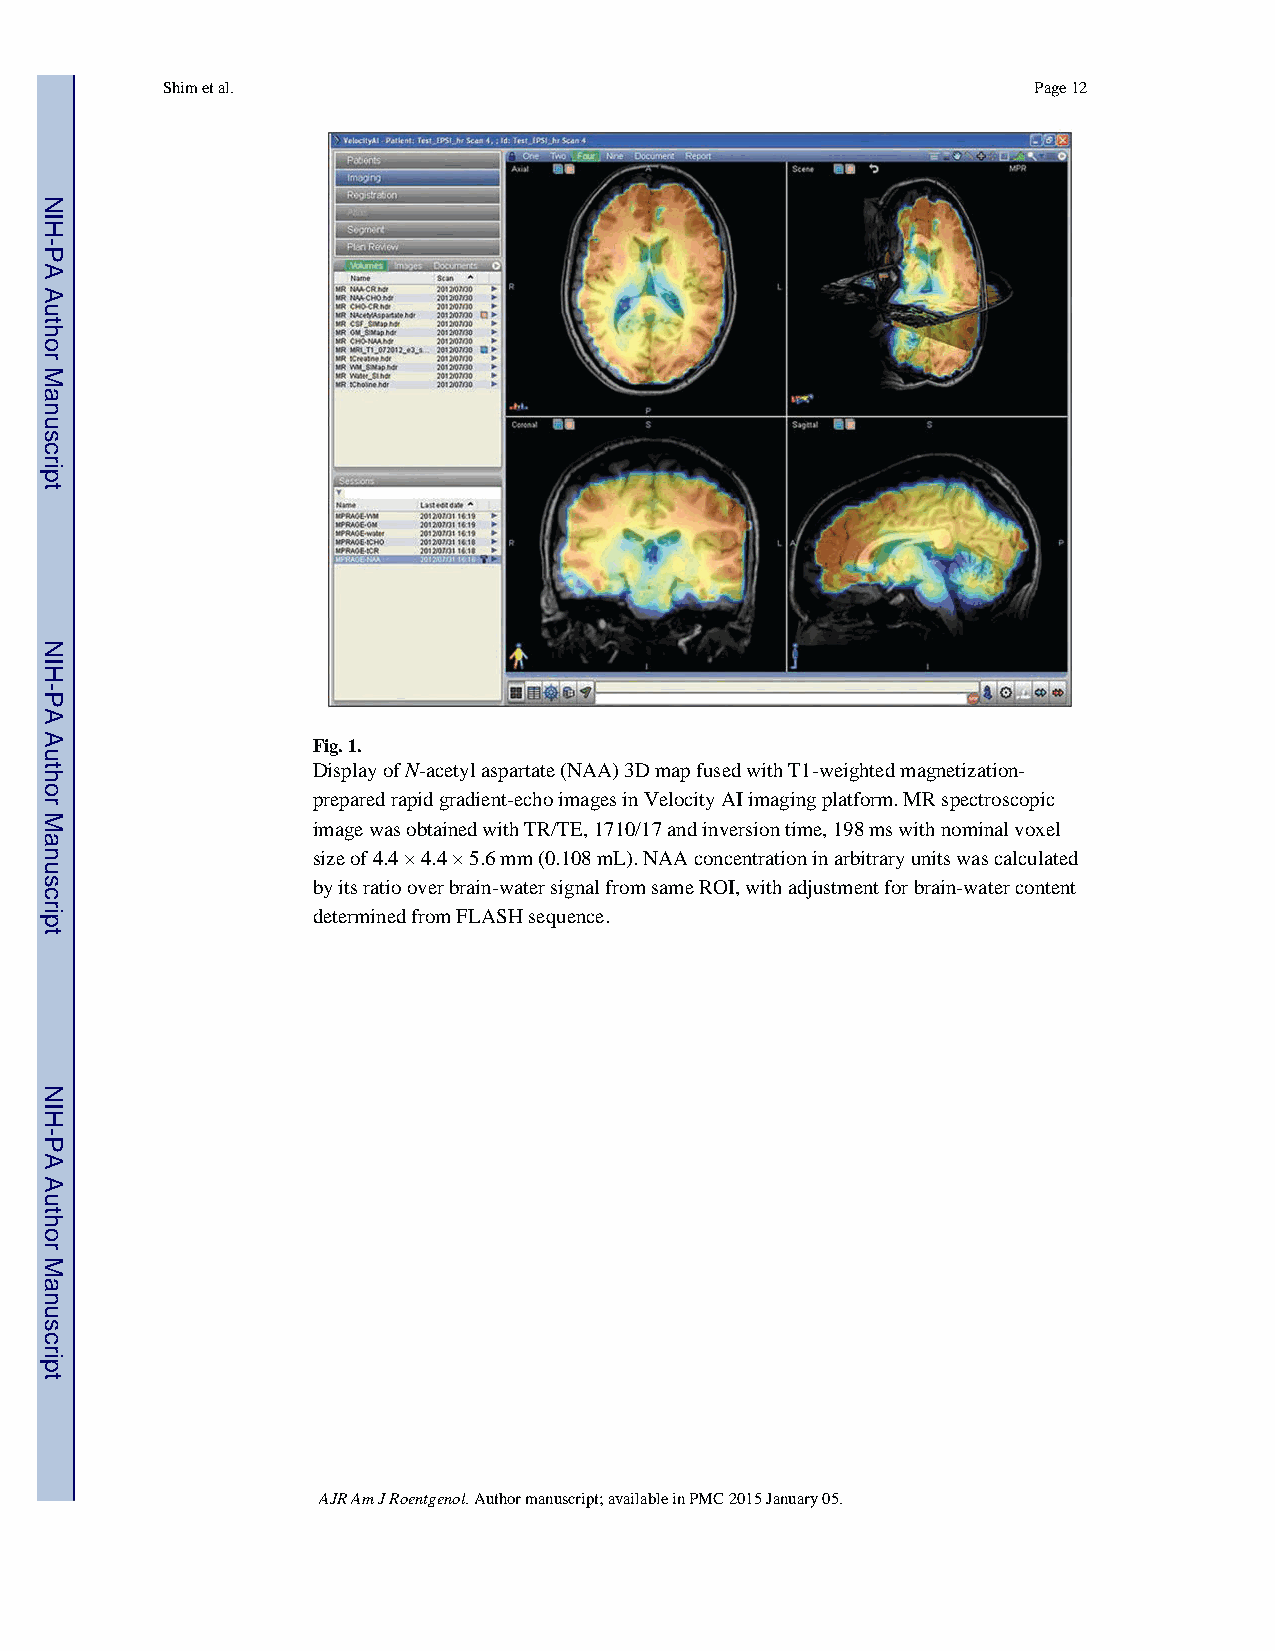
Shim et al.                                              Page 12
 Fig. 1.
 Display of N-acetyl aspartate (NAA) 3D map fused with T1-weighted magnetization-
 prepared rapid gradient-echo images in Velocity AI imaging platform. MR spectroscopic
 image was obtained with TR/TE, 1710/17 and inversion time, 198 ms with nominal voxel
 size of 4.4 × 4.4 × 5.6 mm (0.108 mL). NAA concentration in arbitrary units was calculated
 by its ratio over brain-water signal from same ROI, with adjustment for brain-water content
 determined from FLASH sequence.
 AJR Am J Roentgenol. Author manuscript; available in PMC 2015 January 05.
 NIH-PA
 Author
 Manuscript
 NIH-PA
 Author
 Manuscript
 NIH-PA
 Author
 Manuscript